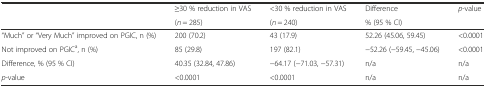
<table><thead><tr><td rowspan="2"></td><td><b>≥30 % reduction in VAS</b></td><td><b>&lt;30 % reduction in VAS</b></td><td><b>Difference</b></td><td rowspan="2"><b><i>p</i>-value</b></td></tr><tr><td><b>(<i>n</i> = 285)</b></td><td><b>(<i>n</i> = 240)</b></td><td><b>% (95 % CI)</b></td></tr></thead><tbody><tr><td>“Much” or “Very Much” improved on PGIC, n (%)</td><td>200 (70.2)</td><td>43 (17.9)</td><td>52.26 (45.06, 59.45)</td><td>&lt;0.0001</td></tr><tr><td>Not improved on PGIC<sup>a</sup>, n (%)</td><td>85 (29.8)</td><td>197 (82.1)</td><td>−52.26 (−59.45, −45.06)</td><td>&lt;0.0001</td></tr><tr><td>Difference, % (95 % CI)</td><td>40.35 (32.84, 47.86)</td><td>−64.17 (−71.03, −57.31)</td><td>n/a</td><td>n/a</td></tr><tr><td><i>p</i>-value</td><td>&lt;0.0001</td><td>&lt;0.0001</td><td>n/a</td><td>n/a</td></tr></tbody></table>